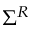
\Sigma ^ { R }